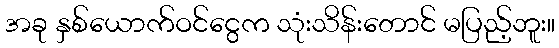
အခု နှစ်ယောက်ဝင်ငွေက သုံးသိန်းတောင် မပြည့်ဘူး။